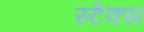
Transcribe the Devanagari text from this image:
स्टेक्स